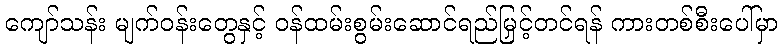
ကျော်သန်း မျက်ဝန်းတွေနှင့် ဝန်ထမ်းစွမ်းဆောင်ရည်မြှင့်တင်ရန် ကားတစ်စီးပေါ်မှာ